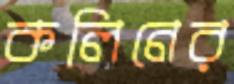
কলিনের